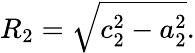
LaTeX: R_{2}=\sqrt{c_{2}^{2}-a_{2}^{2}}.